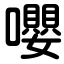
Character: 嚶